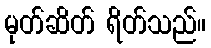
မုတ်ဆိတ် ရိတ်သည်။